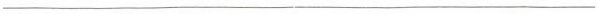
___